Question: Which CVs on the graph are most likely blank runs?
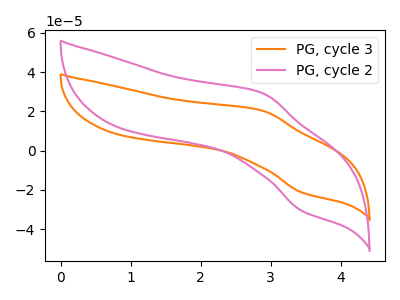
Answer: <think>The orange curve "PG, cycle 3" has an anodic peak at (2.85V, 20.40uA) and a cathodic peak at (3.45V, -21.25uA). The pink curve "PG, cycle 2" has an anodic peak at (2.85V, 29.40uA) and a cathodic peak at (3.45V, -30.55uA).</think>
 <answer>There are not any CV's on this graph that are likely to be blanks.</answer>
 <eval>none</eval>